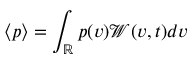
\langle p \rangle = \int _ { \mathbb { R } } p ( v ) \mathcal W ( v , t ) d v